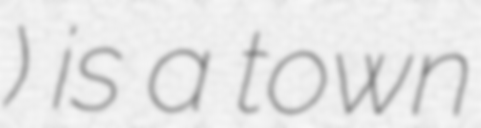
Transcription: Կեսարիա) is a town